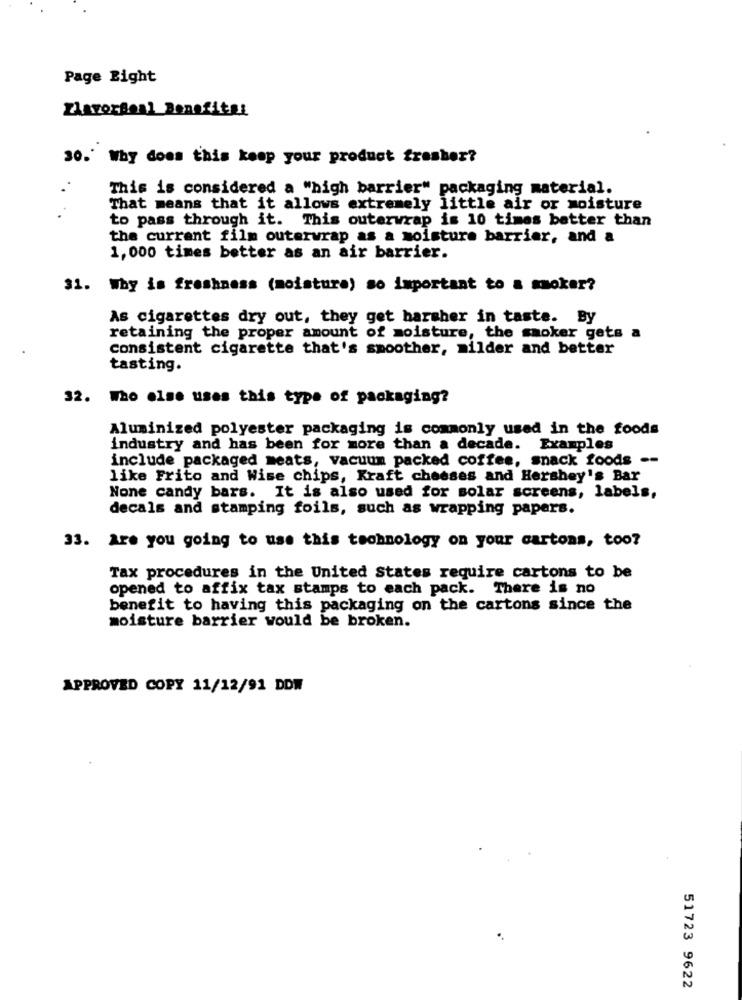
Page Bight
ZlavorBoal Benefits!
30.' Why does this keep your product fresher?
This is considered a "high barrier" packaging material.
That means that it allows extremely little air or moisture
to pass through it. This outerwrap is 10 times better than
the current film outerwrap as a moisture barrier, and a
1,000 times better as an air barrier.
31. Why is freshness (moisture) so important to a moker?
As cigarettes dry out, they get harsher in taste. By
retaining the proper amount of moisture, the smoker gets a
consistent cigarette that's smoother, milder and better
tasting.
32. Who else uses this type of packaging?
Aluminized polyester packaging is commonly used in the foods
industry and has been for more than a decade. Examples
include packaged meats, vacuum packed coffee, snack foods --
like Frito and Wise chips, Kraft cheeses and Hershey's Bar
None candy bars. It is also used for solar screens, labels,
decals and stamping foils, such as wrapping papers.
33. Are you going to use this technology on your cartons, too?
Tax procedures in the United States require cartons to be
opened to affix tax stamps to each pack. There is no
benefit to having this packaging on the cartons since the
moisture barrier would be broken.
APPROVED COPY 11/12/91 DDW
51723 9622